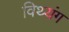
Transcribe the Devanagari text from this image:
विथ्यंग